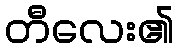
တီလေး၏